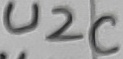
Text: U2C